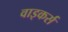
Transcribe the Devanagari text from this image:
वाइकर्स